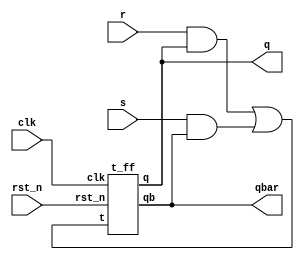
`timescale 1ns / 1ps

module sr_by_T(
    output q, qbar,
    input s, r, rst_n, clk
    );
    wire t;
    assign t = (r & q) | (s & qbar);
    t_ff ff_1(q, qbar, t, rst_n, clk);
endmodule

module t_ff(
    output reg q,
    output reg qb,
    input t,
    input rst_n,
    input clk
    );

    always @(posedge clk or  negedge rst_n)
    begin
        if (!rst_n)
        begin
            q <= 0;
            qb <= 1;
        end
        else
        begin
            q <= ~t;
            qb <= t;
        end
    end
    initial begin
        q = 0;
        q = 1;
    end
endmodule